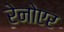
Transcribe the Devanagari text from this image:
रेनोएर